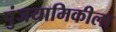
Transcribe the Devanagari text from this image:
पुंजयामिकीला